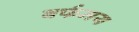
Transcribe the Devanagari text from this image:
बर्फमय